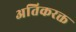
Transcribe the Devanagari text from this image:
अतिकरक्त